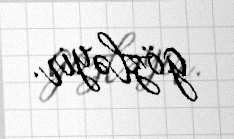
gözləyir.